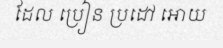
ដែល ប្រៀន ប្រដៅ អោយ